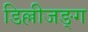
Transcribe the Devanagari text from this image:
डिल्लीजङ्ग